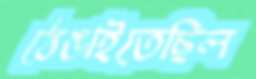
ঠেঙাইতেছিল